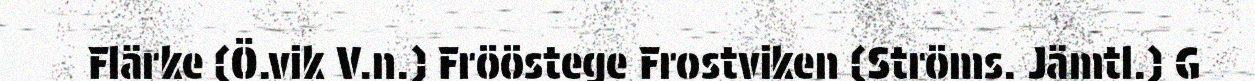
Flärke (Ö.vik V.n.) Frööstege Frostviken (Ströms. Jämtl.) G